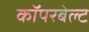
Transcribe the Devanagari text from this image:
कॉपरबेल्ट